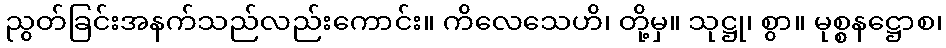
ညွတ်ခြင်းအနက်သည်လည်းကောင်း။ ကိလေသေဟိ၊ တို့မှ။ သုဋ္ဌု၊ စွာ။ မုစ္စနဋ္ဌောစ၊